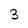
Character: 3